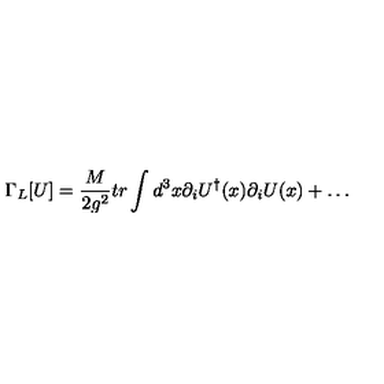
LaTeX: \Gamma _ { L } [ U ] = { \frac { M } { 2 g ^ { 2 } } } t r \int d ^ { 3 } x \partial _ { i } U ^ { \dagger } ( x ) \partial _ { i } U ( x ) + \ldots